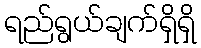
ရည်ရွယ်ချက်ရှိရှိ